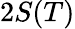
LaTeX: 2S(T)